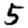
Digit: 5